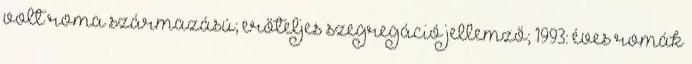
volt roma származású; erőteljes szegregáció jellemző; 1993: éves romák